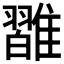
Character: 𩀦